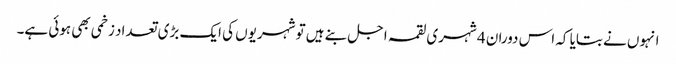
انہوں نے بتایا کہ اس دوران 4 شہری لقمہ اجل بنے ہیں تو شہریوں کی ایک بڑی تعداد زخمی بھی ہوئی ہے۔